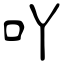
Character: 吖